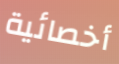
أخصائية